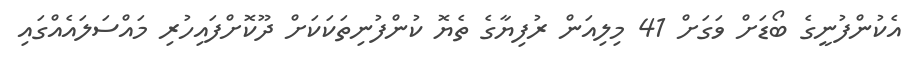
އެކުންފުނީގެ ބޯޑަށް ވަގަށް 41 މިލިއަން ރުފިޔާގެ ތެޔޮ ކުންފުނިތަކަކަށް ދޫކޮށްފައިހުރި މައްސަލައެއްގައި